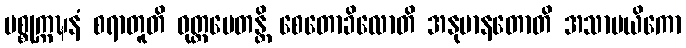
ပစ္စုက္ကဍ္ဎနံ စရာတူတိ ဝုတ္တမေတန္တိ စေတောခိလောတိ အနုမာနတောတိ အသာမယိကော